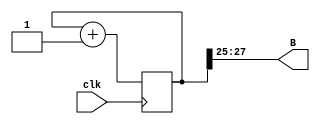
`timescale 1ns / 1ps
//////////////////////////////////////////////////////////////////////////////////
// Company: 
// Engineer: 
// 
// Design Name: 
// Module Name: counter
// Project Name: 
// Target Devices: 
// Tool Versions: 
// Description: 
// 
// Dependencies: 
// 
// Revision:
// Revision 0.01 - File Created
// Additional Comments:
// 
//////////////////////////////////////////////////////////////////////////////////


module counter(
input clk,
	output [2:0] B
);

reg [27:0] counter;

always @ (posedge clk)
begin
	counter <= counter + 1;
end

assign B = counter[27:25];

endmodule